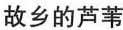
故乡的芦苇